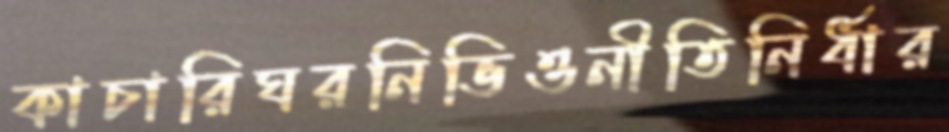
কাচারিঘরনিভিওনীতিনির্ধার